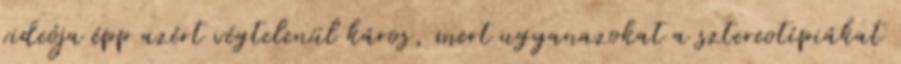
videója épp azért végtelenül káros, mert ugyanazokat a sztereotípiákat